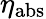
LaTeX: \eta_{\mathrm{abs}}